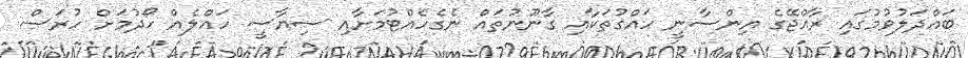
ބައްދަލުވުމުގައި ރާއްޖޭގެ އިންސާނީ ހައްގުތަކާއި ގާނޫނުތައް ނެގެހެއްޓުމަށާއި ސިޔާސީ ހައްލެއް ހޯދުމަށް ހުރަސް